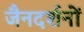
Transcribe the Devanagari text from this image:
जैनदर्शनों